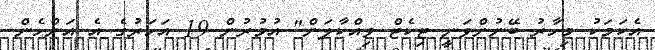
އެކަމަކު މިހާރު ބޭނުންވަނީ ޓިކެޓް ވިއްކާލަން" އުމުރުން 19 އަހަރުގެ އެ އަންހެން